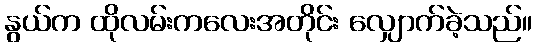
နွယ်က ထိုလမ်းကလေးအတိုင်း လျှောက်ခဲ့သည်။